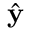
\hat { \mathbf { y } }